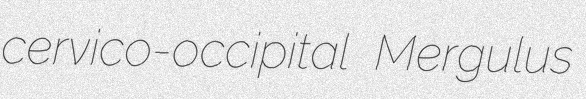
cervico-occipital Mergulus